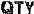
QTY